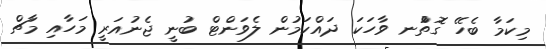
މިކަމާ ބެހޭ ގޮތުްނ ވާހަކަ ދައްކަމުން ލެވަންޓް ބުނީ ޖެނުއަރީ މަހާއި މާޗް